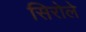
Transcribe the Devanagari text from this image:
सिरोले